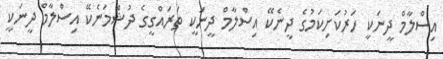
އިސްލާމް ދީނަކީ ހަރުކަށިކަމުގެ ދީނެކޭ އިސްލާމް ދީނަކީ ތަރައްގީގެ ދުޝްމަނެކޭ އިސްލާމް ދީނަކީ